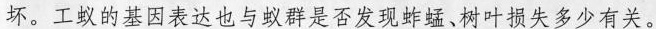
坏。工蚁的基因表达也与蚁群是否发现蚱蜢、树叶损失多少有关。